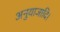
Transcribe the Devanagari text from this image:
अनुयाजादि।